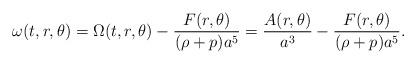
LaTeX: \begin{align*}\omega (t,r,\theta) = \Omega(t,r,\theta) -\frac{F(r,\theta)}{(\rho+p) a^5} = \frac{A(r,\theta)}{a^3} -\frac{F(r,\theta)}{(\rho+p) a^5}. \end{align*}